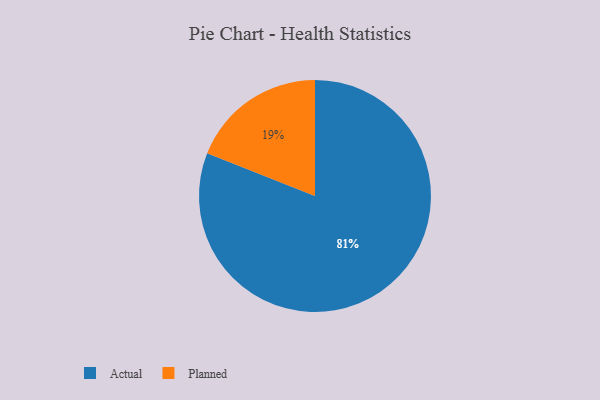
{"axis": {"x": "Category", "y": "Percentage"}, "legend": ["Actual", "Planned"], "data": [{"x": "Planned", "y": 19, "type": "Planned"}, {"x": "Actual", "y": 81, "type": "Actual"}]}